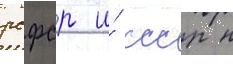
рсфср и́ ссср н